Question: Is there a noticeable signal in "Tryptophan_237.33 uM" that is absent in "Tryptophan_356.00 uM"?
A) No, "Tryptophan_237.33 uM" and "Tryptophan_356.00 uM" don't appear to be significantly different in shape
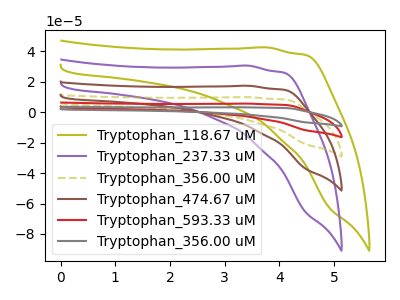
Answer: <think>The olive curve "Tryptophan_118.67 uM" has no peaks. The purple curve "Tryptophan_237.33 uM" has no peaks. The olive dashed curve "Tryptophan_356.00 uM" has no peaks. The brown curve "Tryptophan_474.67 uM" has no peaks. The red curve "Tryptophan_593.33 uM" has no peaks. The gray curve "Tryptophan_356.00 uM" has no peaks.
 Neither "Tryptophan_237.33 uM" or "Tryptophan_356.00 uM" have any peaks.</think>
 <answer>A) No, "Tryptophan_237.33 uM" and "Tryptophan_356.00 uM" don't appear to be significantly different in shape</answer>
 <eval>A</eval>